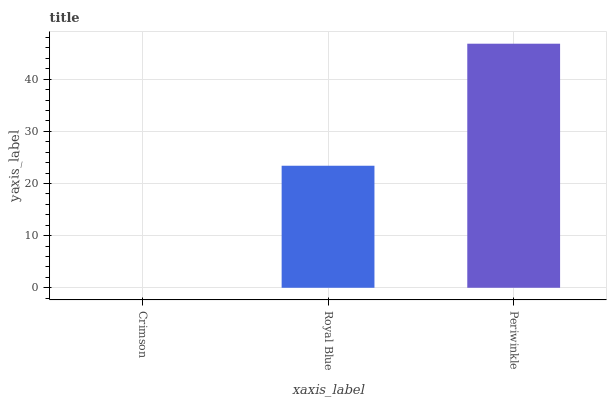
| xaxis_label | bars |
 | --- | --- |
 | Crimson | 0 |
 | Royal Blue | 23.4 |
 | Periwinkle | 46.8 |